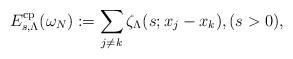
LaTeX: \begin{align*} E_{s,\Lambda}^{\rm cp} (\omega_N):=\sum_{j\neq k}\zeta_{\Lambda}(s;x_j-x_k), (s>0),\end{align*}